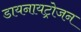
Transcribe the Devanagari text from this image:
डायनायट्रोजन